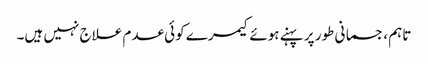
تاہم ، جسمانی طور پر پہنے ہوئے کیمرے کوئی عدم علاج نہیں ہیں۔